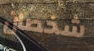
شخصان